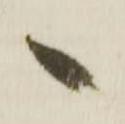
へ